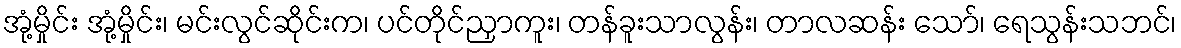
အုံ့မှိုင်း အုံ့မှိုင်း၊ မင်းလွင်ဆိုင်းက၊ ပင်တိုင်ညှာကူး၊ တန်ခူးသာလွန်း၊ တာလဆန်း သော်၊ ရေသွန်းသဘင်၊